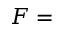
F =